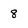
Character: 8